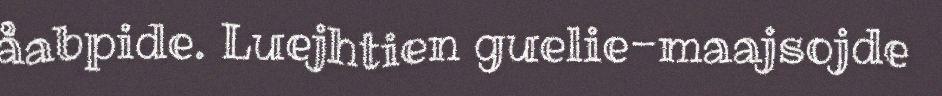
åabpide. Luejhtien guelie-maajsojde